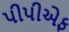
પીપીએફ